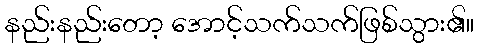
နည်းနည်းတော့ အောင့်သက်သက်ဖြစ်သွား၏။